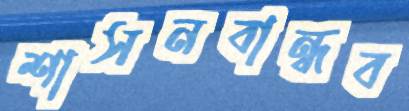
শাসনবান্ধব